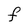
Character: F